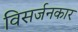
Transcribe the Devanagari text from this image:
विसर्जनकार